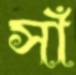
সাঁ